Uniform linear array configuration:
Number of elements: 32
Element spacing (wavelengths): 1
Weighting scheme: blackman
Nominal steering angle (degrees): -45
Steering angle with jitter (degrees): -46.181
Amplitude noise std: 0.05
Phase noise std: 0.05

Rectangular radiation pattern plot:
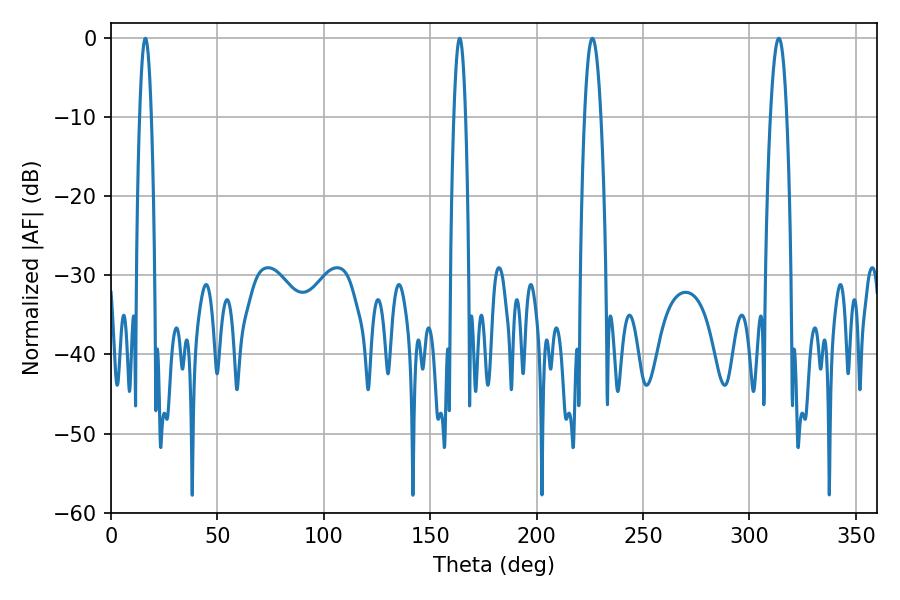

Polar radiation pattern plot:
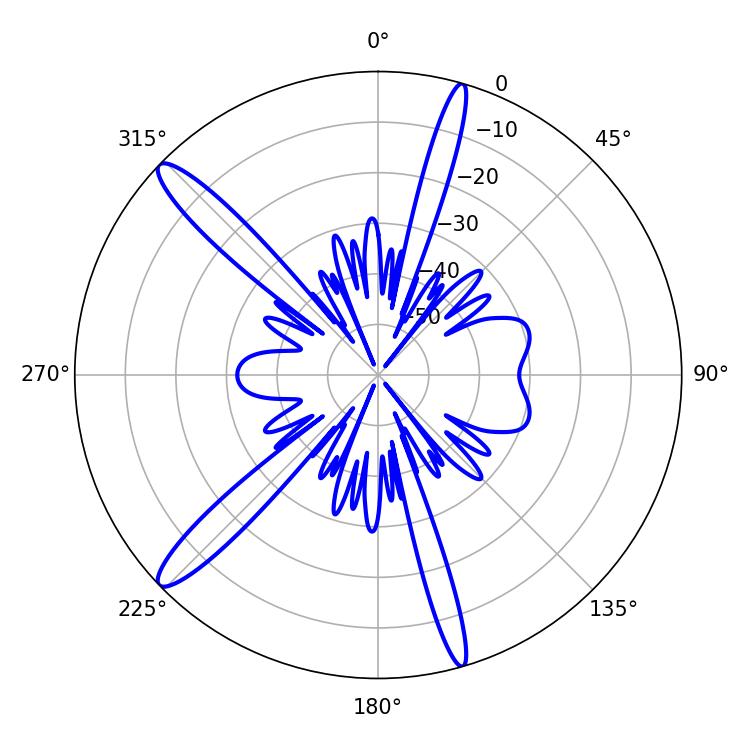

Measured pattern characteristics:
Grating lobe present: TRUE
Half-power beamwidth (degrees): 4.32
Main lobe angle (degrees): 313.74